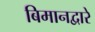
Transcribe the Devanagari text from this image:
बिमानद्वारे